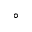
^ { \circ }